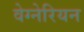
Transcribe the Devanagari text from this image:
वेग्नेरियन